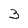
Character: 3